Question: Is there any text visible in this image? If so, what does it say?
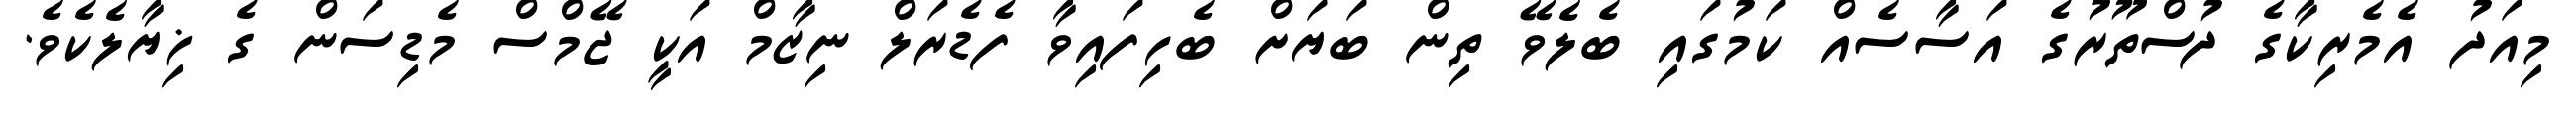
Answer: މިއަދު އެމެރިކާގެ ދުސްތޫރުގެ އަސާސެއް ކަމުގައި ބެލެވޭ ތިން ބަޔަށް ބެހިފައިވާ ފެޑެރަލް ނިޒާމް އަކީ ޖޭމްސް މެޑިސަން ގެ ޚިޔާލެކެވެ.